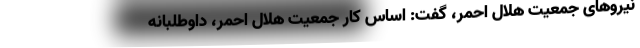
نیروهای جمعیت هلال احمر، گفت: اساس کار جمعیت هلال احمر، داوطلبانه